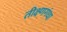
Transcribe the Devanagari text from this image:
तीक्ष्णगंधा